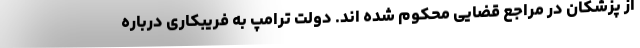
از پزشکان در مراجع قضایی محکوم شده اند. دولت ترامپ به فریبکاری درباره